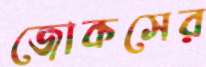
জোকসের